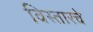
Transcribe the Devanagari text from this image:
विस्तारचे